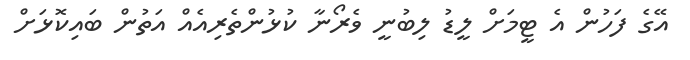
އޭގެ ފަހުން އެ ޓީމަށް ލީޑު ލިބުނީ ވެރޯނާ ކުޅުންތެރިއެއް އަތުން ބައިކޮޅަށް